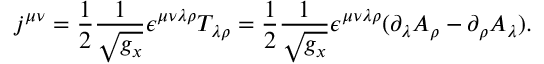
j ^ { \mu \nu } = \frac 1 2 \frac 1 { \sqrt { g _ { x } } } \epsilon ^ { \mu \nu \lambda \rho } T _ { \lambda \rho } = \frac 1 2 \frac 1 { \sqrt { g _ { x } } } \epsilon ^ { \mu \nu \lambda \rho } ( \partial _ { \lambda } A _ { \rho } - \partial _ { \rho } A _ { \lambda } ) .